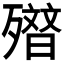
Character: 𭮢